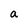
Character: a